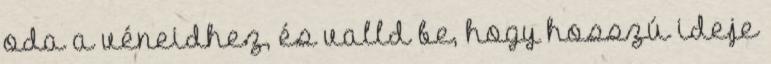
oda a véneidhez, és valld be, hogy hosszú ideje